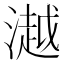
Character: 𣾼